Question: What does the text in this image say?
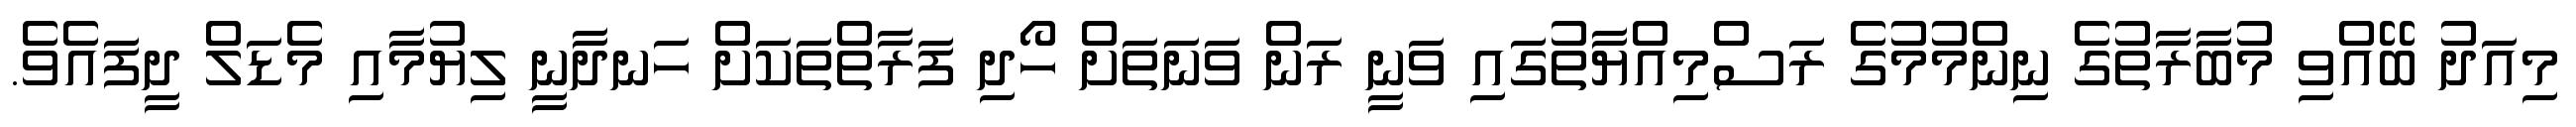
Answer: މިއަދު ބޭއްވި މުބާރާތުގެ ނިންމުމުގެ ރަސްމިއްޔާތުގައި ވަނީ ރަން ވަނަތަށް ހޯދި ފަރާތްތަކަށް ހަނދާނީ ލިޔުމާއި މެޑަލް ދީފައެވެ.